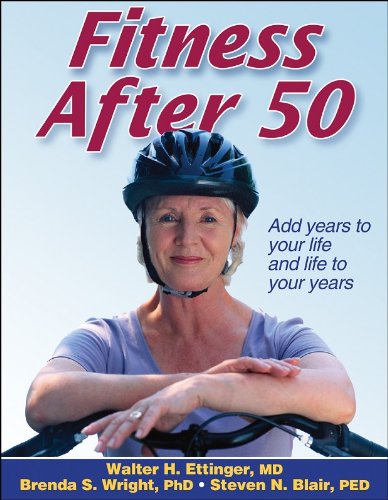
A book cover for Fitness After 50; Walter H. Ettinger; Health, Fitness & Dieting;